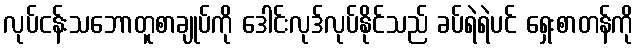
လုပ်ငန်းသဘောတူစာချုပ်ကို ဒေါင်းလုဒ်လုပ်နိုင်သည် ခပ်ရဲရဲပင် ရှေးစာတန်ကို